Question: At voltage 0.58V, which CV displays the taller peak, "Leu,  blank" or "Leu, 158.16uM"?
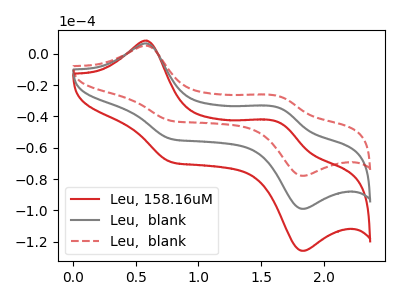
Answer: <think>The red curve "Leu, 158.16uM" has anodic peaks at (0.60V, 13.15uA) (1.65V, -69.00uA) and cathodic peaks at (0.80V, -108.80uA) (1.85V, -197.85uA). The gray curve "Leu,  blank" has anodic peaks at (0.60V, 6.55uA) (1.65V, -34.50uA) and cathodic peaks at (0.80V, -54.40uA) (1.85V, -98.90uA). The red dashed curve "Leu,  blank" has anodic peaks at (0.60V, 5.15uA) (1.65V, -27.15uA) and cathodic peaks at (0.80V, -42.80uA) (1.85V, -77.85uA).</think>
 <answer>The peak at 0.58V is lower in "Leu,  blank" than in "Leu, 158.16uM".</answer>
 <eval>lower</eval>